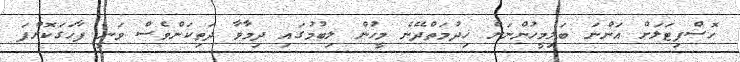
ހޮސްޕިޓަލަށް އަންނަ ބަލިމީހުންނަށް ޚިދުމަތްދޭނެ މީހުން ލިބުމުގައި ދިމާވާ ދަތިކަންވެސް ވަނީ ފާހަގަކޮށްފަ